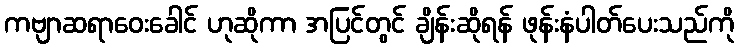
ကဗျာဆရာဝေးခေါင် ဟုဆိုကာ အပြင်တွင် ချိန်းဆိုရန် ဖုန်းနံပါတ်ပေးသည်ကို